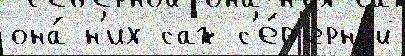
она́ н'их саж с'е́в'ерной